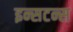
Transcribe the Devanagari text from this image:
इन्सटन्स